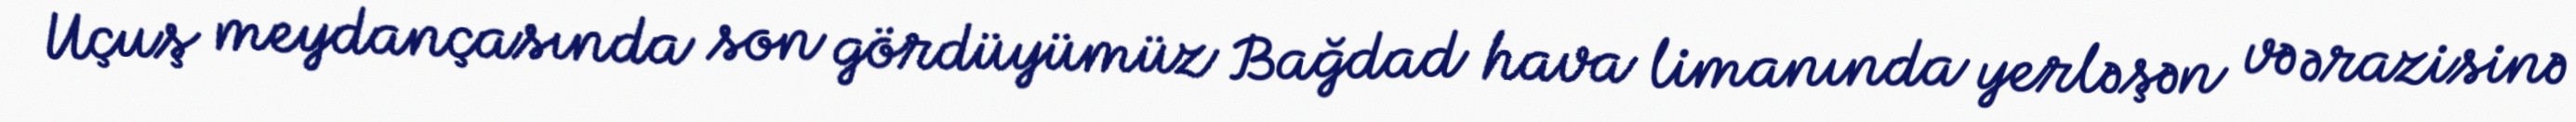
Uçuş meydançasında son gördüyümüz Bağdad hava limanında yerləşən və ərazisinə